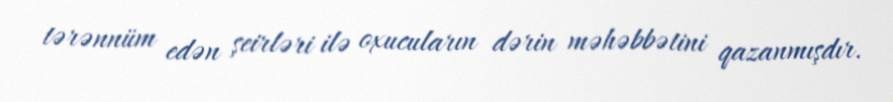
tərənnüm edən şeirləri ilə oxucuların dərin məhəbbətini qazanmışdır.